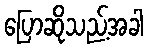
ပြောဆိုသည့်အခါ